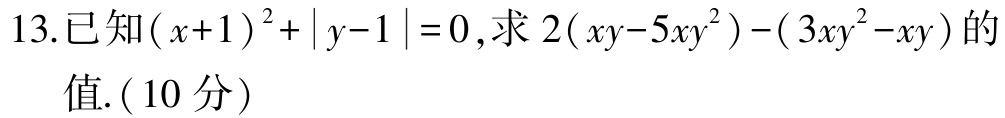
13.已知\((x + 1)^2+|y - 1| = 0\),求\(2(xy - 5xy^2)-(3xy^2 - xy)\)的值.(10分)